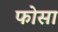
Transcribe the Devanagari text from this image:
फोसा